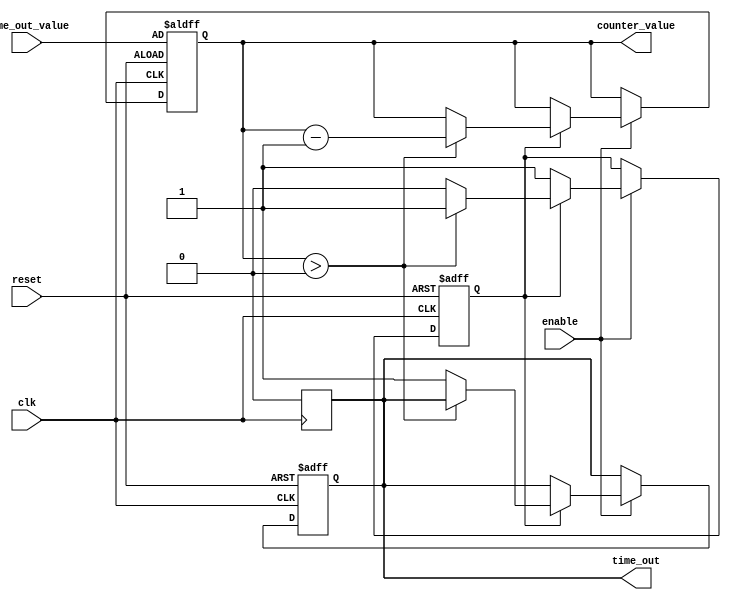
module time_out_counter (
    input wire clk,                  // Clock signal
    input wire reset,                // Reset signal
    input wire enable,               // Enable signal
    input wire [15:0] time_out_value,// Time-Out Value (16-bit for example)
    output reg time_out,             // Time-Out signal
    output reg [15:0] counter_value   // Current counter value
);

    // State declaration
    reg counting; // To track if the counter is counting down

    // Always block for synchronous logic
    always @(posedge clk or posedge reset) begin
        if (reset) begin
            // Reset the counter and time_out signal
            counter_value <= time_out_value;
            time_out <= 1'b0;
            counting <= 1'b0; // Reset counting state
        end else if (enable) begin
            if (counting) begin
                if (counter_value > 0) begin
                    counter_value <= counter_value - 1; // Decrement counter
                end else begin
                    time_out <= 1'b1; // Assert time_out signal
                    counting <= 1'b0; // Stop counting
                end
            end else begin
                // Start counting when enabled
                counting <= 1'b1;
            end
        end
    end

    // Always block for time_out signal reset
    always @(posedge clk) begin
        if (time_out) begin
            // Reset time_out signal after one clock cycle
            time_out <= 1'b0;
            // Optionally reset counter if needed
            // counter_value <= time_out_value; // Uncomment if you want to reset counter
        end
    end

endmodule